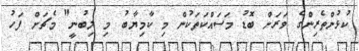
ކުޅުންތެރިންގެ ވަރަށް ބޮޑު މަސައްކަތަކުން މި ކާމިޔާބު މި ލިބުނީ" މެޗަށް ފަހު